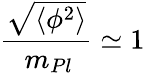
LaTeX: \frac{\sqrt{\langle\phi^{2}\rangle}}{\, m_{Pl}}\simeq 1